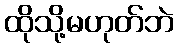
ထိုသို့မဟုတ်ဘဲ